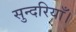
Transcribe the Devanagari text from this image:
सुन्दरियाँ।